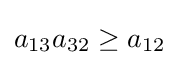
a_{13}a_{32}\geq a_{12}